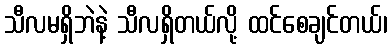
သီလမရှိဘဲနဲ့ သီလရှိတယ်လို့ ထင်စေချင်တယ်၊